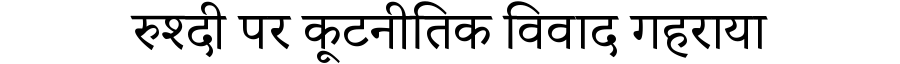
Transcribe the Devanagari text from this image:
रुश्दी पर कूटनीतिक विवाद गहराया